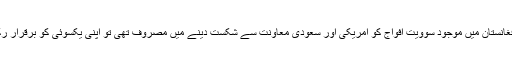
80ءکی دہائی میں جب ہماری ریاست بہت یکسوئی کے ساتھ افغانستان میں موجود سوویت افواج کو امریکی اور سعودی معاونت سے شکست دینے میں مصروف تھی تو اپنی یکسوئی کو برقرار رکھنے کے لئے اس نے سیاسی جماعتوں کو کالعدم قرار دے دیا۔